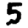
Digit: 5